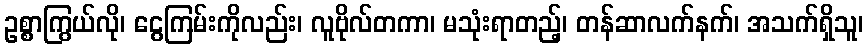
ဥစ္စာကြွယ်လို၊ ငွေကြမ်းကိုလည်း၊ လူဗိုလ်တကာ၊ မသုံးရာတည့်၊ တန်ဆာလက်နက်၊ အသက်ရှိသူ၊